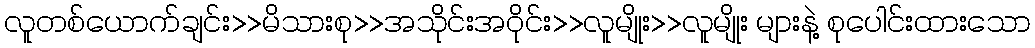
လူတစ်ယောက်ချင်း>>မိသားစု>>အသိုင်းအဝိုင်း>>လူမျိုး>>လူမျိုး များနဲ့ စုပေါင်းထားသော